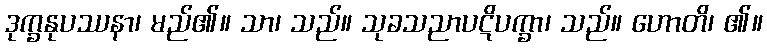
ဒုက္ခနုပဿနာ၊ မည်၏။ သာ၊ သည်။ သုခသညာပဋိပက္ခာ၊ သည်။ ဟောတိ၊ ၏။